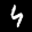
Label: 4